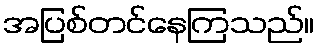
အပြစ်တင်နေကြသည်။